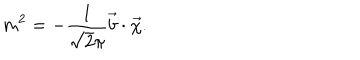
m ^ { 2 } = - \frac { 1 } { \sqrt { 2 } \pi } \vec { b } \cdot \vec { \chi } .